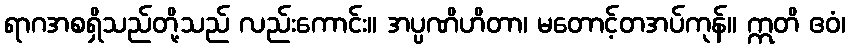
ရာဂအစရှိသည်တို့သည် လည်းကောင်း။ အပ္ပဏိဟိတာ၊ မတောင့်တအပ်ကုန်။ ဣတိ ဧဝံ၊